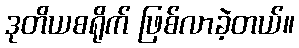
ဒုတိယစရိုက် ဖြစ်လာခဲ့တယ်။